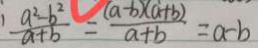
\frac { a ^ { 2 } - b ^ { 2 } } { a + b } = \frac { ( a - b ) ( a + b ) } { a + b } = a - b